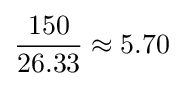
{\frac {150}{26.33}}\approx 5.70